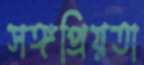
সঙ্গপ্রিয়তা